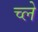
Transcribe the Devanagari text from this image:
च्ले